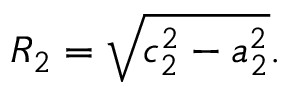
R _ { 2 } = \sqrt { c _ { 2 } ^ { 2 } - a _ { 2 } ^ { 2 } } .